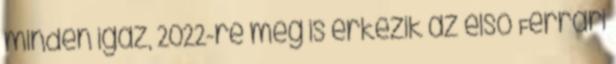
minden igaz, 2022-re meg is érkezik az első Ferrari